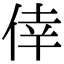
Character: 倖